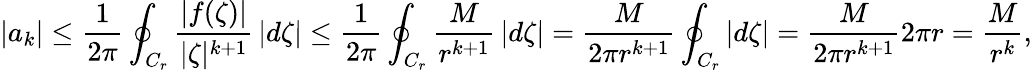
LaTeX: |a_{k}|\leq{\frac{1}{2\pi}}\oint_{C_{r}}{\frac{|f(\zeta)|}{|\zeta|^{k+1}}}\, |d\zeta|\leq{\frac{1}{2\pi}}\oint_{C_{r}}{\frac{M}{r^{k+1}}}\, |d\zeta|={\frac{M}{2\pi r^{k+1}}}\oint_{C_{r}}|d\zeta|={\frac{M}{2\pi r^{k+1}}}2\pi r={\frac{M}{r^{k}}},